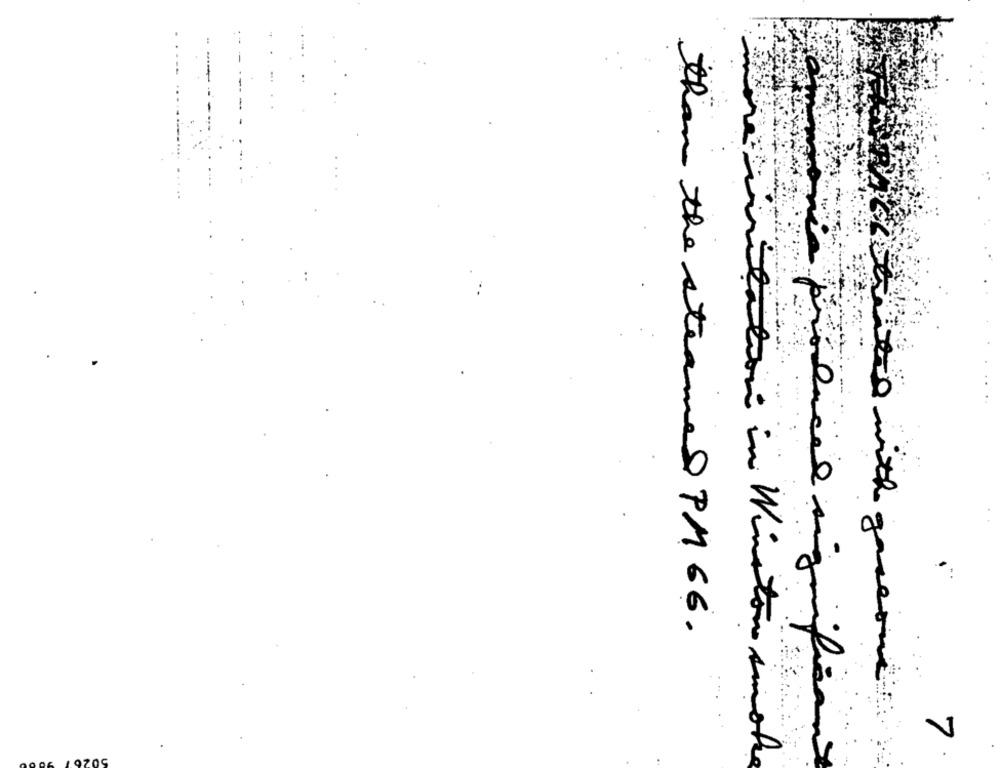
than the steames PM 66.
chocolate with gaseous
V
unilation in Winston smoke
nie produced significant